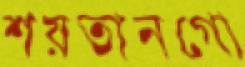
শয়তানগো